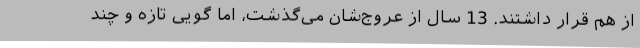
از هم قرار داشتند. 13 سال از عروج‌شان می‌گذشت، اما گویی تازه و چند